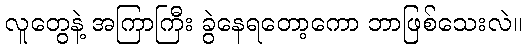
လူတွေနဲ့ အကြာကြီး ခွဲနေရတော့ကော ဘာဖြစ်သေးလဲ။